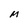
Character: M